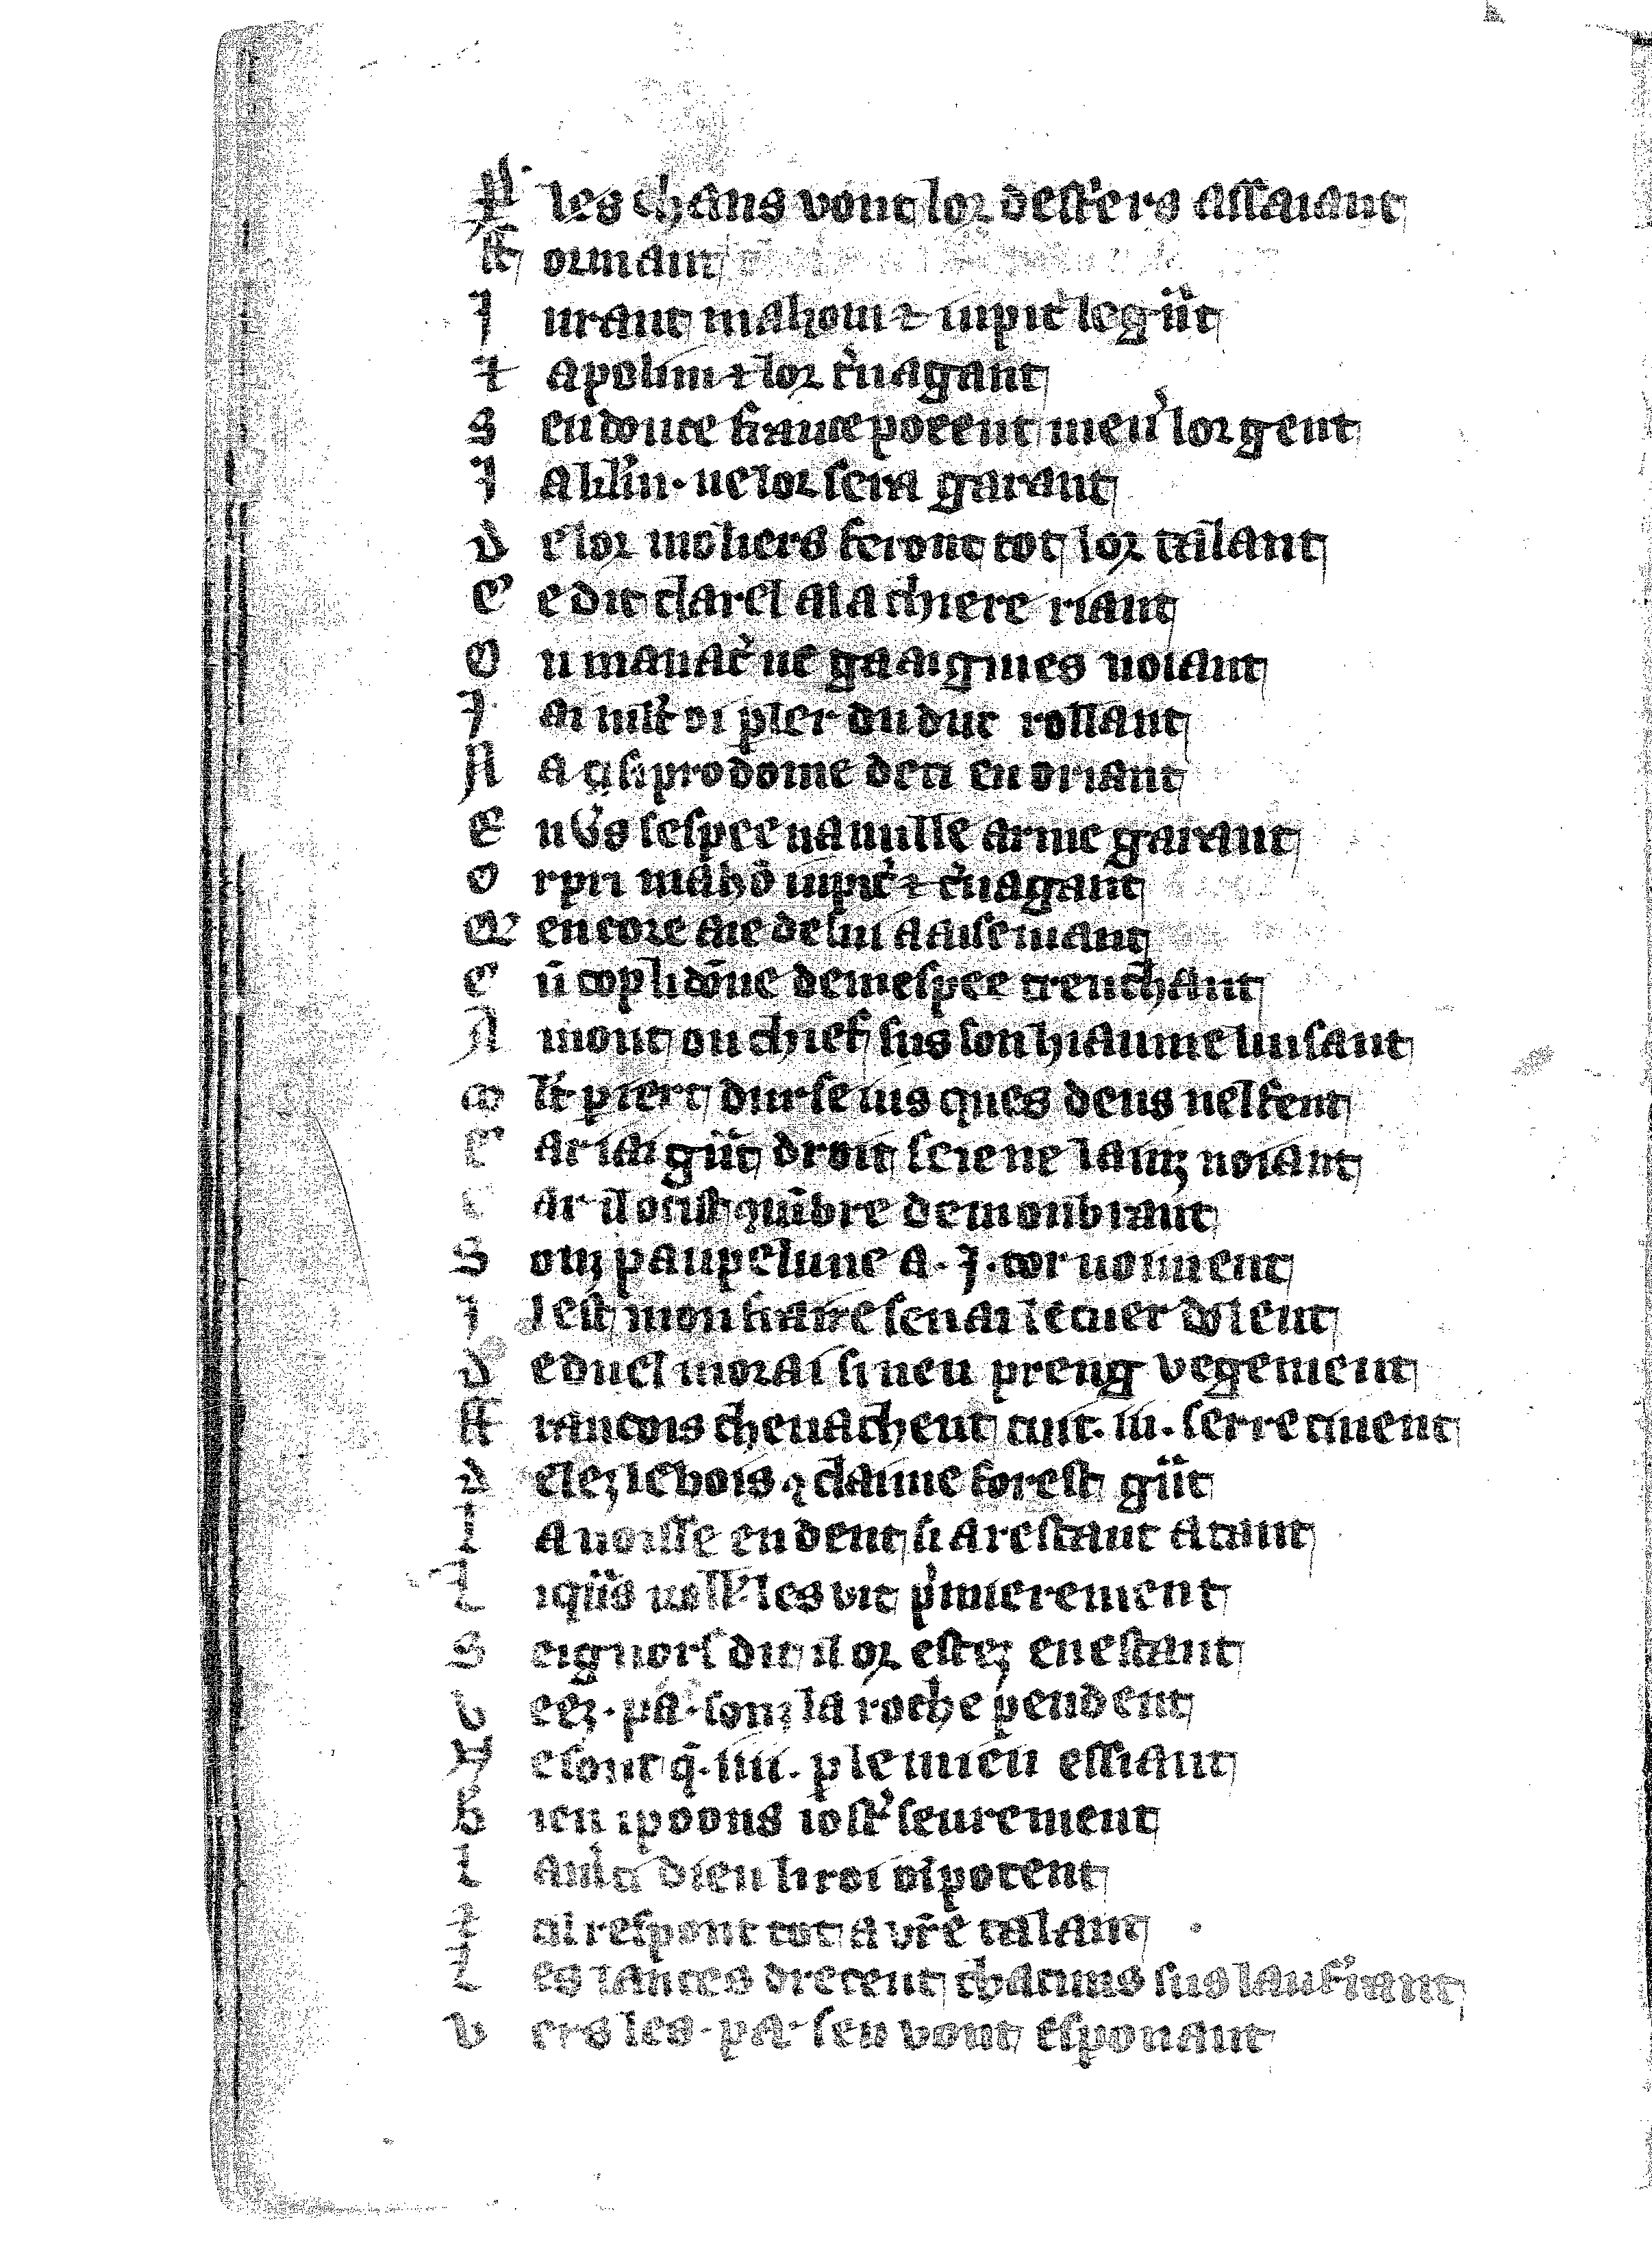
Shelfmark: Vatican, Biblioteca apostolica vaticana, Reg.lat. 1616
Century: 14